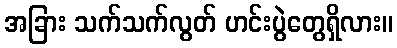
အခြား သက်သက်လွတ် ဟင်းပွဲတွေရှိလား။